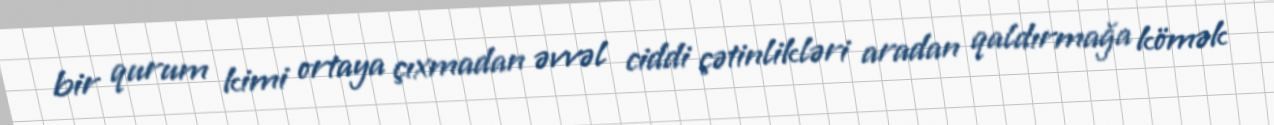
bir qurum kimi ortaya çıxmadan əvvəl ciddi çətinlikləri aradan qaldırmağa kömək